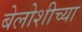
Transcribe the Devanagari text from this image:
बेलोशीच्या